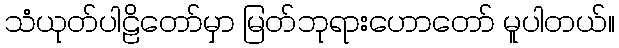
သံယုတ်ပါဠိတော်မှာ မြတ်ဘုရားဟောတော် မူပါတယ်။